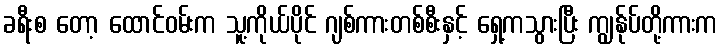
ခရီးစ တော့ ထောင်ဝမ်းက သူ့ကိုယ်ပိုင် ဂျစ်ကားတစ်စီးနှင့် ရှေ့ကသွားပြီး ကျွန်ုပ်တို့ကားက